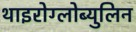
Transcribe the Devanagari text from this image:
थाइरोग्लोब्युलिन